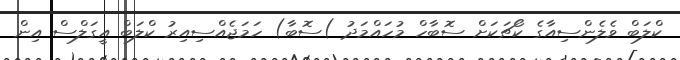
ކްލަބް ވެލެންސިއާގެ ކޯޗަކަށް ސޮބާހް މުހައްމަދު )ސޮބާ) ހަމަޖެއްސިއިރު ކްލަބް އީގަލްސް އިން